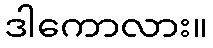
ဒါကောလား။